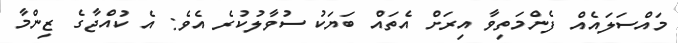
މައްސަލައެއް ފެންމަތިވާ އިރަށް އެތައް ބަޔަކު ސުވާލުކުރެ އެވެ: އެ ކުއްޖާގެ ޒިންމާ